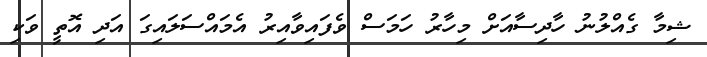
ޝިމާ ގެއްލުނު ހާދިސާއަަށް މިހާރު ހަމަސް ވެފައިވާއިރު އެމައްސަލައިގަ އަދި އޮތީ ވަކި